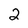
Character: 2